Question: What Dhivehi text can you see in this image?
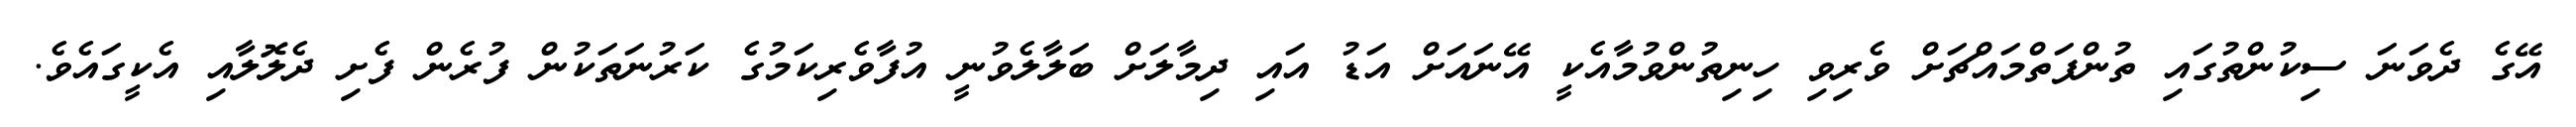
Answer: އޭގެ ދެވަނަ ސިކުންތުގައި ތުންފަތްމައްޗަށް ވެރިވި ހިނިތުންވުމާއެކީ އޭނައަށް އަޑު އައި ދިމާލަށް ބަލާލެވުނީ އުފާވެރިކަމުގެ ކަރުނަތަކުން ފުރެން ފެށި ދެލޮލާއި އެކީގައެވެ.